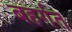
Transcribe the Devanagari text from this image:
बहर्गत